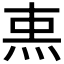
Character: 𤈂